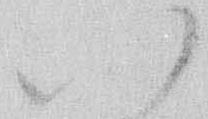
い